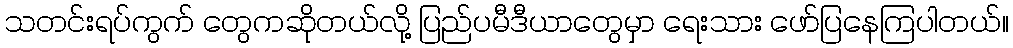
သတင်းရပ်ကွက် တွေကဆိုတယ်လို့ ပြည်ပမီဒီယာတွေမှာ ရေးသား ဖော်ပြနေကြပါတယ်။